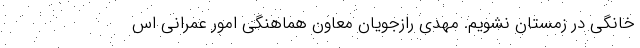
خانگی در زمستان نشویم. مهدی رازجویان معاون هماهنگی امور عمرانی اس